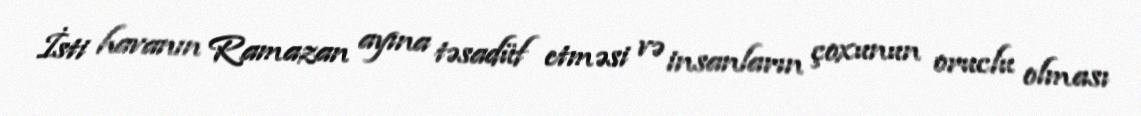
İsti havanın Ramazan ayına təsadüf etməsi və insanların çoxunun oruclu olması